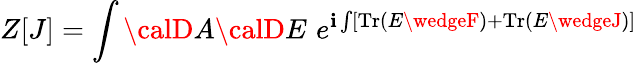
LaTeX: Z[J]=\int{\calD}A{\calD}E\, \, e^{\mathbf{i}\int[\mathrm{{Tr}}\left(E\wedgeF\right)+\mathrm{{Tr}}\left(E\wedgeJ\right)]}